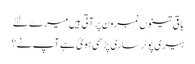
باقی تینوں نمبر ون پر آتی ہیں میرے لئے
ہیری پوٹر ساری پڑھی ہوئ ہے آپ نے؟